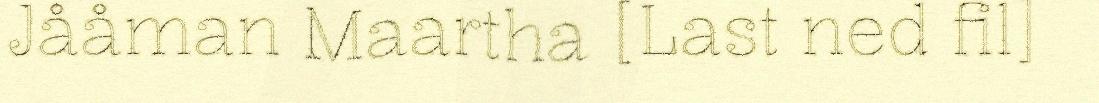
Jååman Maartha [Last ned fil]